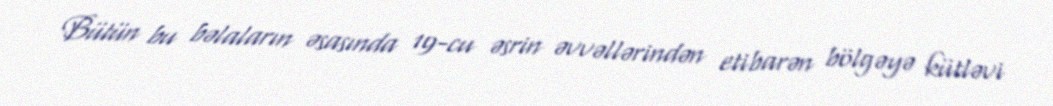
Bütün bu bəlaların əsasında 19-cu əsrin əvvəllərindən etibarən bölgəyə kütləvi